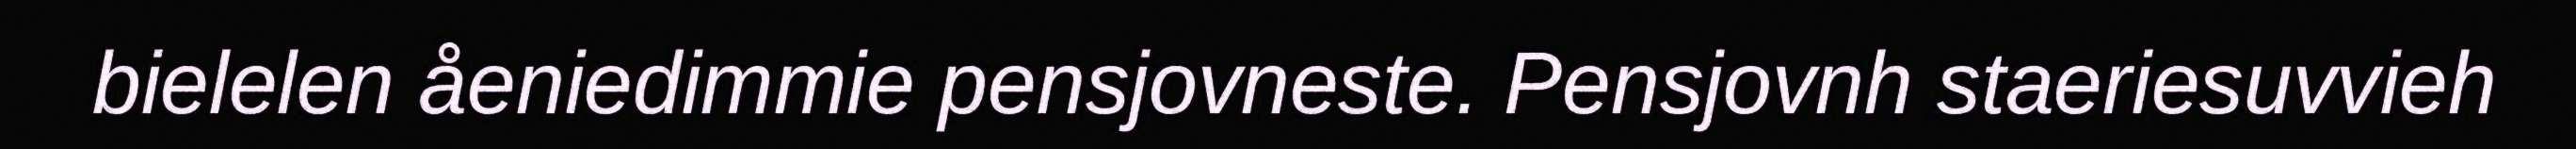
bielelen åeniedimmie pensjovneste. Pensjovnh staeriesuvvieh